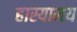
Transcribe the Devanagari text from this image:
हास्यामय